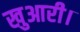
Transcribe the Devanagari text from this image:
खुआरी।